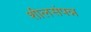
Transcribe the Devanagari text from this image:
शीलसंपन्न